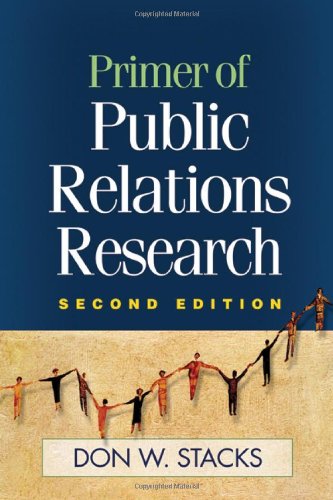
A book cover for Primer of Public Relations Research, Second Edition; Don W. Stacks PhD; Business & Money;